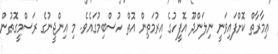
ޢިމާރާތް ކޮށްފައިވަނީ ނިލަންދޫ އޮފީހުގެ އިރުމަތިން އޮތް ހުސްބިމުގައެވެ. މި އިންޖީނުގެ ރަސްމީގޮތުން